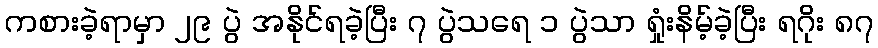
ကစားခဲ့ရာမှာ ၂၉ ပွဲ အနိုင်ရခဲ့ပြီး ၇ ပွဲသရေ ၁ ပွဲသာ ရှုံးနိမ့်ခဲ့ပြီး ရဂိုး ၈၇